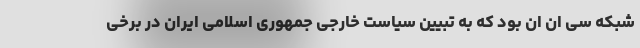
شبکه سی ان ان بود که به تبیین سیاست خارجی جمهوری اسلامی ایران در برخی